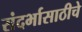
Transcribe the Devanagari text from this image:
संदर्भासाठीचे